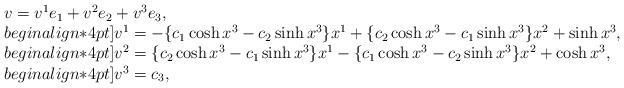
LaTeX: \begin{align*}\begin{array}{l}v=v^1e_1 + v^2e_2 + v^3e_3,\\begin{align*}4pt]v^1=-\{c_1\cosh x^3 - c_2\sinh x^3\}x^1+\{c_2\cosh x^3 -c_1\sinh x^3\}x^2 + \sinh x^3,\\begin{align*}4pt]v^2=\{c_2\cosh x^3 -c_1\sinh x^3\}x^1-\{c_1\cosh x^3 - c_2\sinh x^3\}x^2 + \cosh x^3,\\begin{align*}4pt]v^3=c_3,\end{array}\end{align*}